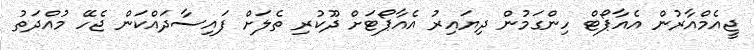
ޖީއެމްއާރުން އެއާޕޯޓް ހިންގަމުން ދިޔައިރު އެއާޕޯޓަށް ދޫކުރި ތެލަށް ފައިސާދައްކަން ޖެހޭ މުއްދަތު